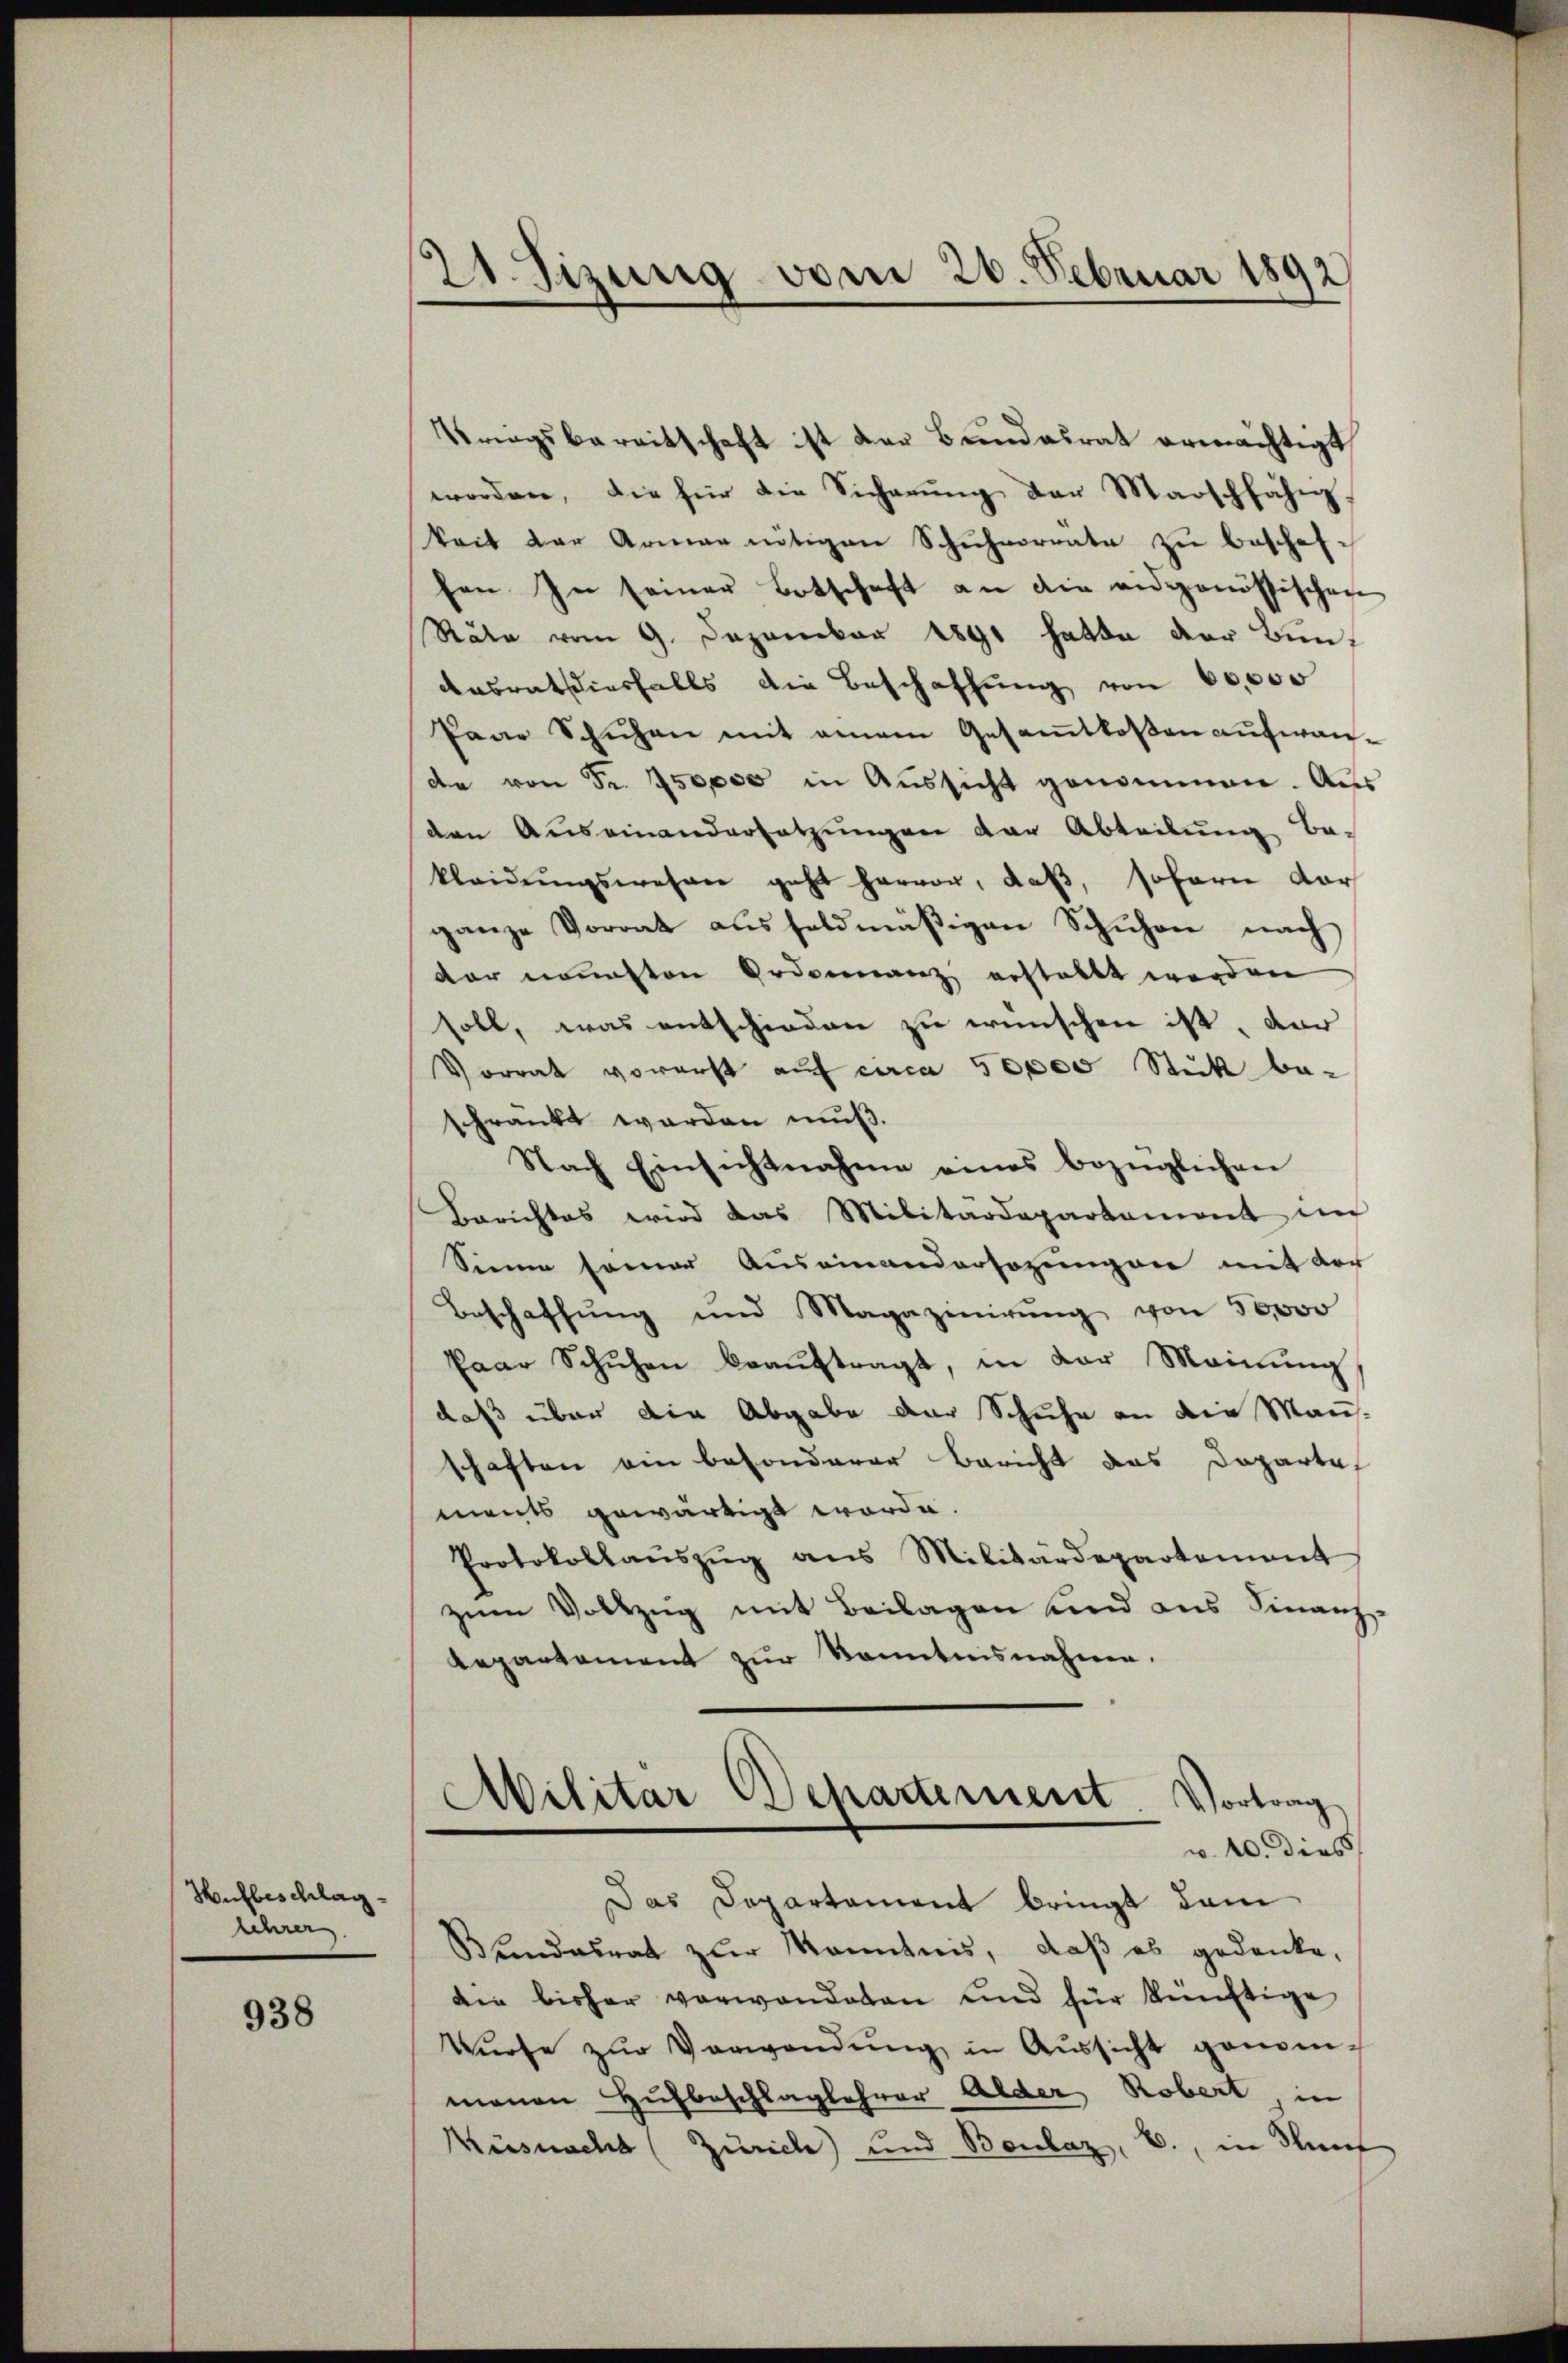
Hufbeschlag
Lehrer

938

21 sizung vom 20. Februar 1892

Kriegsbereitschaft ist der Bundesrat ermächtigt
worden, die für die Sicherŭng der Marschfahn
keit der Armen nötigen Schŭhmorrate zu beschaf-
hen In seiner Botschaft an die eidgenössischen
Räte vom 9. Dezember 1891 hatte der Bun¬
Ansrath diesfalls die Beschaffŭng von 60,000
Pano Schuhen mit einem Gesamtkosen aufwande von Fr. 150000 in Aŭssicht genommen. Aus
den Auseinandersetzungen der Abteilung be-
kleidŭngswesen geht hervor, daβ, sofern dar
ganze Vorrat ausfeldmäßigen Schuhen nach
der neusten Ordonnanz erstellt worden
soll, was entschieden zu wünschen ist, dar
Vorrat vorerst auf circa 50000 Stück be-
schränkt werden muß.
Nach Einsichtnahme eines bezüglichen
Berichtes wird das Militärdepartament in
Sinne semar Auseinandersezungen mit der
Beschaffŭng und Magazinirŭng von 50000
Paar Schuhen beaŭftragt, in der Meinŭng
daß über die Abgabe der Schuhe an die Mann-
schaften ein besonderer Bericht das Departe
ments gewärtigt worde.
Protokollaŭszŭg ans Militärdepartement
zŭm Vollzug mit Beilagen und aus Finanz-
Repartement zur Kenntnisnahme.
Militar Departement. Vortrag
w. 10. dies
Das Departament bringt dam
Bundesrat zur Kenntnis, daß es gedanke,
die bisher verwanderen und für künftige
Würfe zŭr Verwendŭng in Aŭssicht genom-
nenen Hufbeschlaglehrer Alder Robert, in
Küsnacht (Zürich) und Bonlaz, B., in dürf